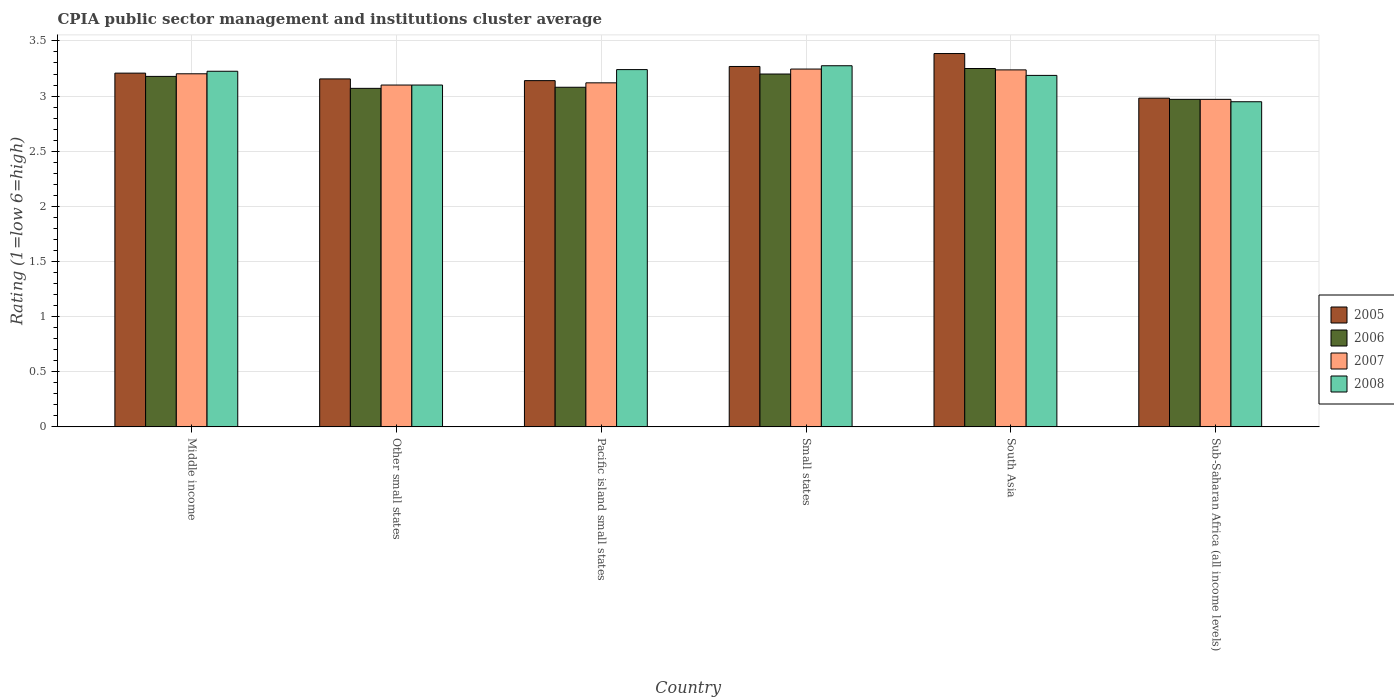
| Country | 2005 | 2006 | 2007 | 2008 |
 | --- | --- | --- | --- | --- |
 | Middle income | 3.21 | 3.18 | 3.2 | 3.23 |
 | Other small states | 3.16 | 3.07 | 3.1 | 3.1 |
 | Pacific island small states | 3.14 | 3.08 | 3.12 | 3.24 |
 | Small states | 3.27 | 3.2 | 3.25 | 3.27 |
 | South Asia | 3.39 | 3.25 | 3.24 | 3.19 |
 | Sub-Saharan Africa (all income levels) | 2.98 | 2.97 | 2.97 | 2.95 |